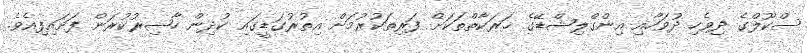
ސްކޫލްގެ ދިވެހި ދުވަހާއި އިންގްލިޝްޑޭގެ ޚަރަކާތްތަކަށް ފަރިތަކުރުމަށް އިތުރުގަޑީގައި ކުދިން ހާޟިރުކުރަން ފަށައިފިއެވެ.